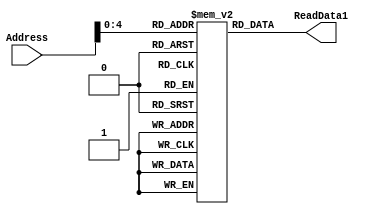
`timescale 1ns / 1ns
module Instruction_Memory(Address, ReadData1);
parameter BITSIZE = 32;
parameter REGSIZE = 32;
input [REGSIZE-1:0] Address;
output reg [BITSIZE-1:0] ReadData1;

reg [BITSIZE-1:0] memory_file [0:REGSIZE-1];	// Entire list of memory

// Asyncronous read of memory. Was not specified.
always @(Address, memory_file[Address])
begin
	ReadData1 = memory_file[Address];
end

integer i;
//MY method of filling the memory instead of through a test bench
initial
	begin
	    i = 0;
		memory_file[i] = 32'b11110010100_0000000000000001_00000; //MOVK
		i = i+1;
		memory_file[i] = 32'b11110010100_0000000000000001_00001; //MOVK
		i = i+1;
		memory_file[i] = 32'b10001011000_00001_000000_00000_00010; //ADD
		i = i+1; 
	end

endmodule